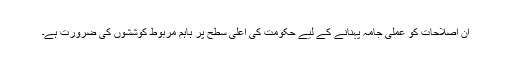
ان اصلاحات کو عملی جامہ پہنانے کے لیے حکومت کی اعلیٰ سطح پر باہم مربوط کوششوں کی ضرورت ہے۔